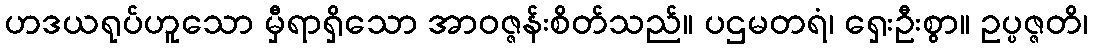
ဟဒယရုပ်ဟူသော မှီရာရှိသော အာဝဇ္ဇန်းစိတ်သည်။ ပဌမတရံ၊ ရှေးဦးစွာ။ ဥပ္ပဇ္ဇတိ၊